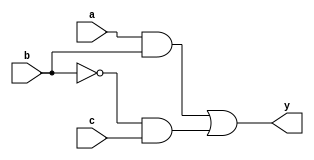
module combinational_logic (
    input wire a,        // Input signal a
    input wire b,        // Input signal b
    input wire c,        // Input signal c
    output reg y         // Output signal y
);

// Always block to model combinational logic
always @ (a, b, c) begin
    // Combinational expression for output y
    y = (a & b) | (~b & c); // Example logic: y = (a AND b) OR (NOT b AND c)
end

endmodule